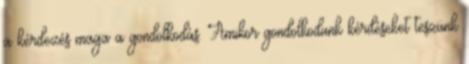
a kérdezés maga a gondolkodás. Amikor gondolkodunk kérdéseket teszünk